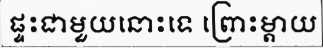
ផ្ទះជាមួយនោះទេ ព្រោះម្តាយ